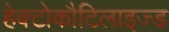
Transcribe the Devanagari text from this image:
हेक्टोकौटिलाइज्ड